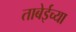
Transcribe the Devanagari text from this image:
ताबेईच्या